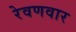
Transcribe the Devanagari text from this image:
रेवणवार